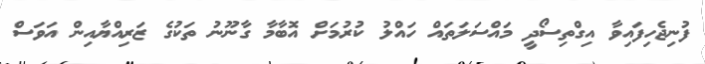
ފުނިޖެހިފައިވާ އިގްތިސޯދީ މައްސަލަތައް ހައްލު ކުރުމަށް އޮބާމާ ގާނޫނު ތަކުގެ ޒަރިއްޔާއިން އަވަސް